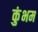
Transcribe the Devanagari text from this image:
कुंभम